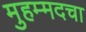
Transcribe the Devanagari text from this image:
मुहम्मदचा